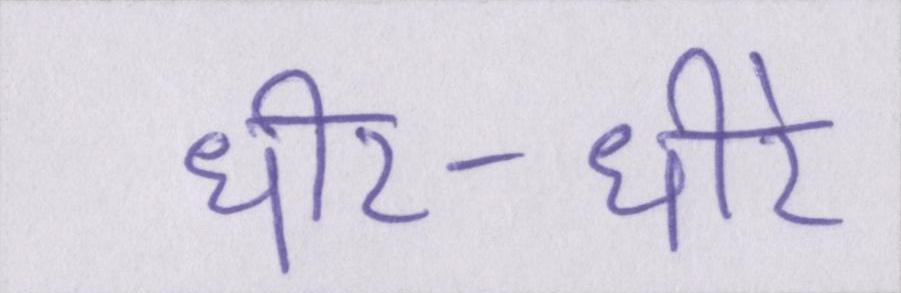
धीर-धीरे